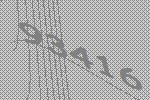
93416